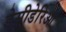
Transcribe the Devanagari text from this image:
डेसीडेरिओ